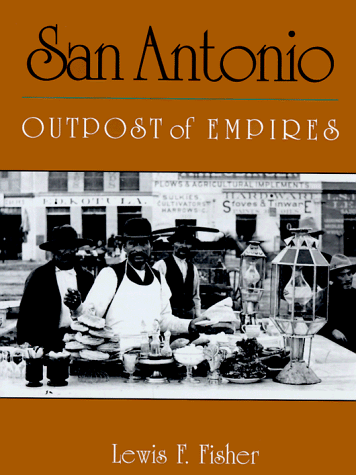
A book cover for San Antonio: Outpost of Empires; Lewis F. Fisher; Travel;